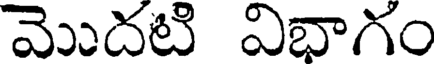
మొదటి విభాగం